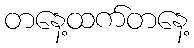
တနေ့ထက်တနေ့